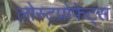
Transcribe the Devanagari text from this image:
लोस्टप्रोफेट्स